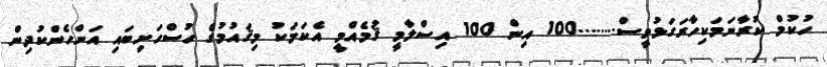
ހުކުމް ކުރާނަމަކިހާރަގަޅުވީސް........100 އިން 100 އިސްލާމީ ޤަުމެއްމީ އެކަމަކު މިޤައުމުގެ ހުސްހަށިބައި އަންހެންކުދިން